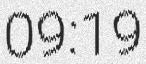
09:19